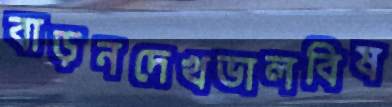
বাড়নদেখভালবিষ